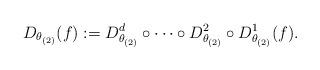
LaTeX: \begin{align*}D_{\theta_{(2)}}(f):= D^d_{\theta_{(2)}}\circ\cdots \circ D^2_{\theta_{(2)}}\circ D^1_{\theta_{(2)}}(f).\end{align*}